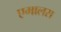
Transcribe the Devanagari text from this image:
एमालस